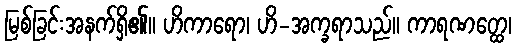
မြစ်ခြင်းအနက်ရှိ၏။ ဟိကာရော၊ ဟိ-အက္ခရာသည်။ ကာရဏတ္ထေ၊